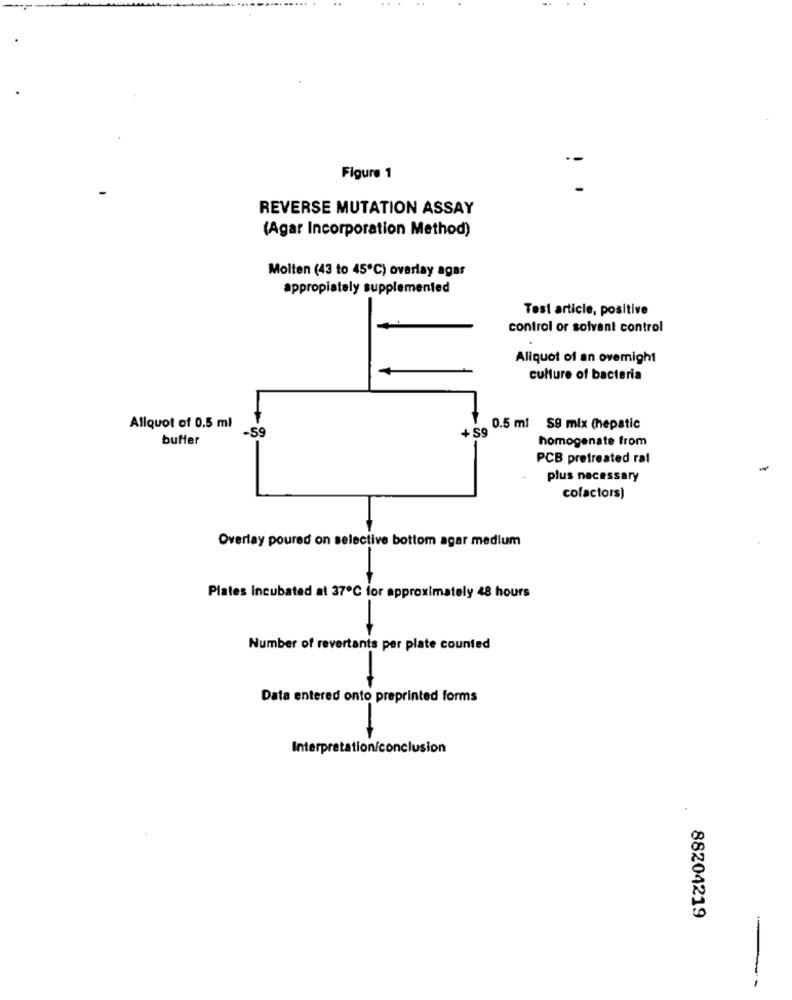
Figure 1
REVERSE MUTATION ASSAY
(Agar Incorporation Method)
Molten (43 to 45℃) overlay agar
appropiately supplemented
Test article, positive
control or solvant control
Aliquot of an ovemight
culture of bacteria
Allquot of 0.5 ml
-59
+ 59
0.5 ml S9 mix (hepatic
buffer
homogenate from
PCB pretreated rat
plus necessary
cofactors)
Overlay poured on selective bottom agar medium
Plates Incubated at 37℃ for approximately 48 hours
Number of revertants per plate counted
Data entered onto preprinted forms
Interpretation/conclusion
88204219
-